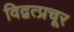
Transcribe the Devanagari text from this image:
विद्वत्प्रचूर